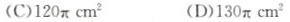
(C) $ $ 1 2 0 \ p i c m ^ { 2 } $ $ ( D ) $ $ 1 3 0 \ p i c m ^ { 2 } $ $